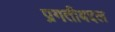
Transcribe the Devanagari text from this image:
प्रगतीबद्दल